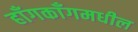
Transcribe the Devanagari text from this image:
हाँगकाँगमधील